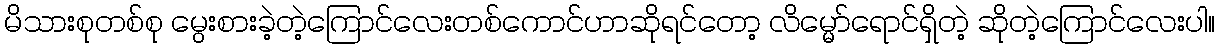
မိသားစုတစ်စု မွေးစားခဲ့တဲ့ကြောင်လေးတစ်ကောင်ဟာဆိုရင်တော့ လိမ္မော်ရောင်ရှိတဲ့ ဆိုတဲ့ကြောင်လေးပါ။